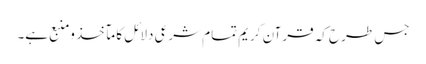
جس طرح کہ قرآن کریم تمام شرعی دلائل کا مآخذ ومنبع ہے۔